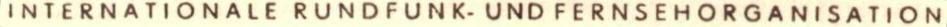
INTERNATIONALE RUNDFUNK-UND FERNSEHORGANISATION